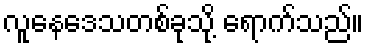
လူနေဒေသတစ်ခုသို့ ရောက်သည်။